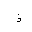
Letter: _thal